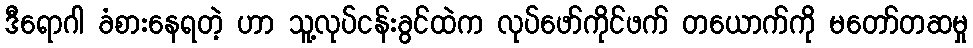
ဒီရောဂါ ခံစားနေရတဲ့ ဟာ သူ့လုပ်ငန်းခွင်ထဲက လုပ်ဖော်ကိုင်ဖက် တယောက်ကို မတော်တဆမှု